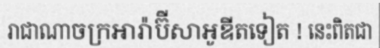
រាជាណាចក្រអារ៉ាប៊ីសាអូឌីតទៀត ! នេះពិតជា